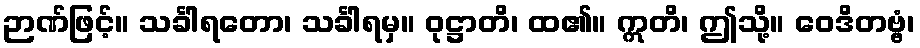
ဉာဏ်ဖြင့်။ သင်္ခါရတော၊ သင်္ခါရမှ။ ဝုဋ္ဌာတိ၊ ထ၏။ ဣတိ၊ ဤသို့။ ဝေဒိတဗ္ဗံ၊